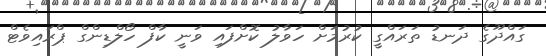
ގައްދޫގެ ދަނޑު ތަރައްގީ ކުރުމަށް ހަވާލު ކޮށްފައި ވަނީ ކާފް ހޯލްޑިންގް ޕްރައިވެޓް